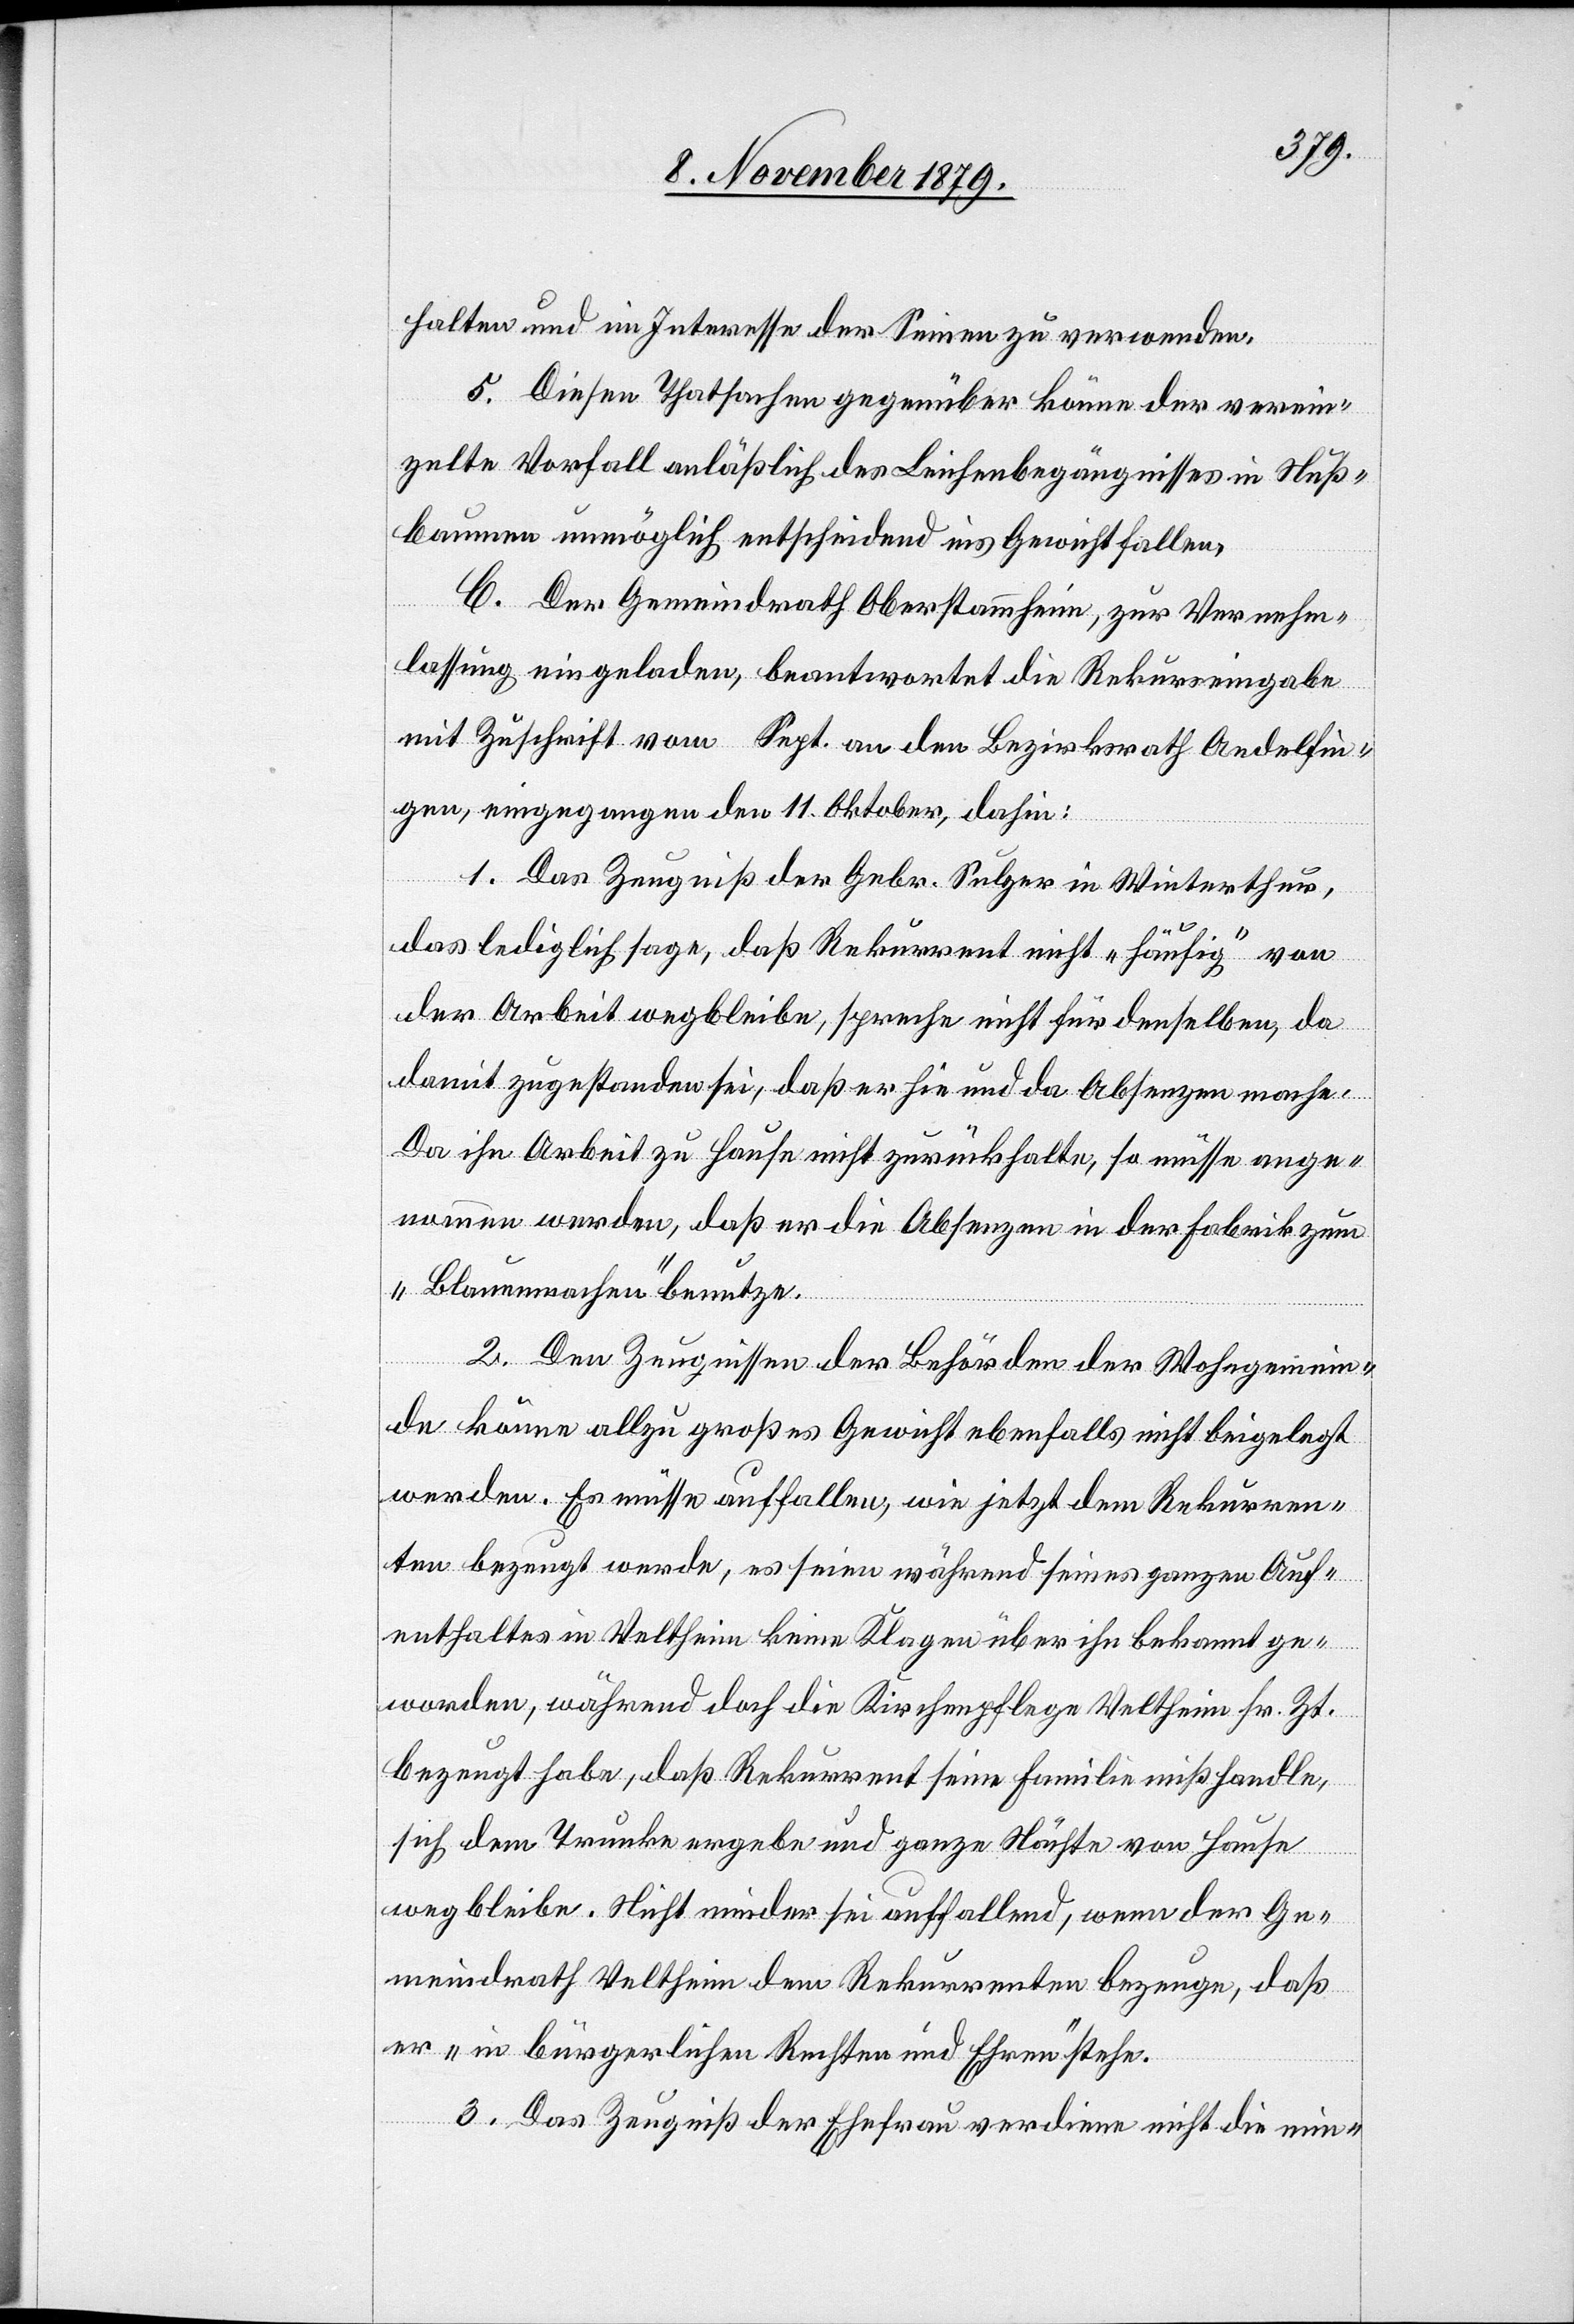
halten und im Interesse der Seinen zu verwenden.
5. Diesen Thatsachen gegenüber könne der verein¬
zelte Vorfall anläßlich des Leichenbegängnisses in Nuß¬
baumen unmöglich entscheidend ins Gewicht fallen.
C. Der Gemeindrath Oberstammheim, zur Vernehm¬
lassung eingeladen, beantwortet die Rekurseingabe
mit Zuschrift vom Sept. an den Bezirksrath Andelfin¬
gen, eingegangen den 11. Oktober, dahin:
1. Das Zeugniß der Gebr. Sulzer in Winterthur
das lediglich sage, daß Rekurrent nicht „häufig“ von
der Arbeit wegbleibe, spreche nicht für denselben, da
damit zugestanden sei, daß er hie und da Absenzen mache.
Da ihn Arbeit zu Hause nicht zurückhalte, so müsse ange¬
nommen werden, daß er die Absenzen in der Fabrik zum
„Blaumachen“ benutze.
2. Den Zeugnissen der Behörden der Wohngemein¬
de könne allzu großes Gewicht ebenfalls nicht beigelegt
werden. Es müsse auffallen, wie jetzt dem Rekurren¬
ten bezeugt werde, es seien während seines ganzen Auf¬
enthaltes in Veltheim keine Klagen über ihn bekannt ge¬
worden, während doch die Kirchenpflege Veltheim sr. Zt.
bezeugt habe, daß Rekurrent seine Familie mißhandle,
sich dem Trunke ergebe und ganze Nächte von Hause
wegbleibe. Nicht minder sei auffallend wenn der Ge¬
meindrath Veltheim dem Rekurrenten bezeuge, daß
er „in bürgerlichen Rechten und Ehren“ stehe.
3. Das Zeugniß der Ehefrau verdiene nicht die min-